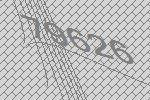
79626